Annual statistical returns and brief notes on vaccination in Bengal - 1896-1909
Year: 1896
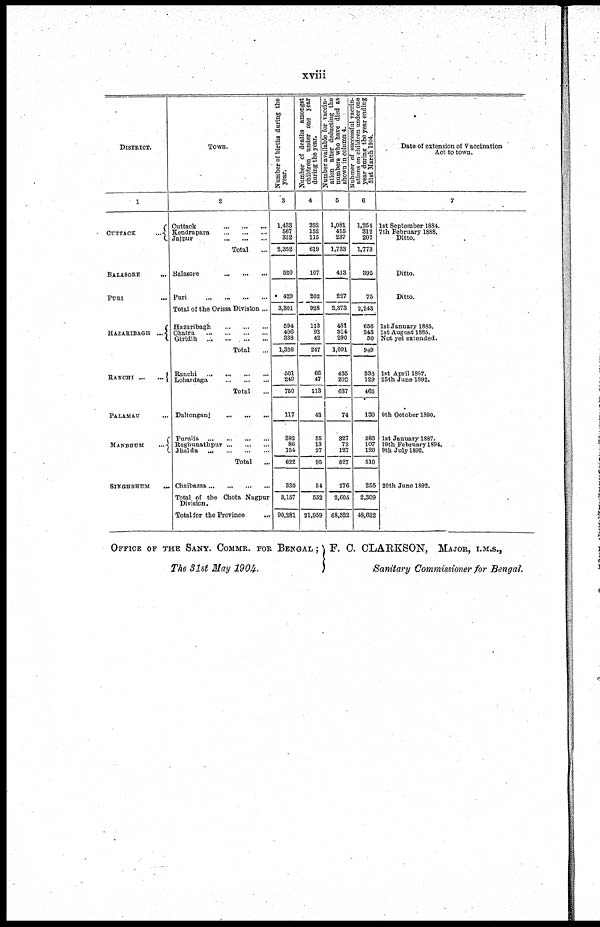
xviii
DISTRICT.
1
CUTTACK
...
BALASORE
...
PURI
...
HAZARIBAGH ...
RANCHI ... ...
PALAMAU ...
MANBHUM
...
SINGHBHUM
...
Town.
2
Cuttack
...
...
...
Kendrapara
...
...
...
Jajpur
...
...
...
Total ...
Balasore
...
...
...
Puri
...
...
...
...
Total of the Orissa Division ...
Hazaribagh
...
...
...
Chatra
...
...
...
...
Giridih
...
...
...
...
Total ...
Ranchi
...
...
...
...
Lohardaga ... ... ...
Total ...
Daltonganj
...
...
...
Purulia
...
...
...
...
Roghunathpur ... ... ...
Jhalda
...
...
...
...
Total
...
Chaibassa
...
...
...
Total of the Chota Nagpur
Division.
Total for the Province
...
Number of births during the
year.
3
1,433
567
352
2,352
520
429
3,301
594
406
338
1,338
501
249
750
117
332
86
154
622
330
3,157
90,281
Number of deaths amongst
children under one year
during the year.
4
352
152
115
619
107
202
928
113
92
42
247
66
47
113
43
55
13
27
95
54
552
21,959
Number available for vaccin-
ation after deducting the
numbers who have died as
shown in column 4.
6
1,081
415
237
1,733
413
227
2,373
481
314
296
1,091
435
202
637
74
327
73
127
527
276
2,605
68,322
Nubmer of successful vaccin-
ations on children under one
year during the year ending
31st March 1904.
6
1,254
312
207
1,773
395
75
2,243
656
243
50
949
336
129
465
130
283
107
120
510
255
2,309
48,622
Date of extension of Vaccination
Act to town.
7
1st September 1884.
7th February 1888.
Ditto.
Ditto.
Ditto.
1st January 1885.
1st August 1885.
Not yet extended.
1st April 1887.
25th June 1892.
9th October 1890.
1st January 1887.
19th February 1894.
9th July 1892.
20th June 1892.
OFFICE OF THE SANY. COMMR. FOR BENGAL;
The 31st May 1904,
F. C. CLARKSON, MAJOR, I.M.S.,
Sanitary Commissioner for Bengal.